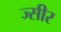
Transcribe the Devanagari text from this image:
ज्सीर